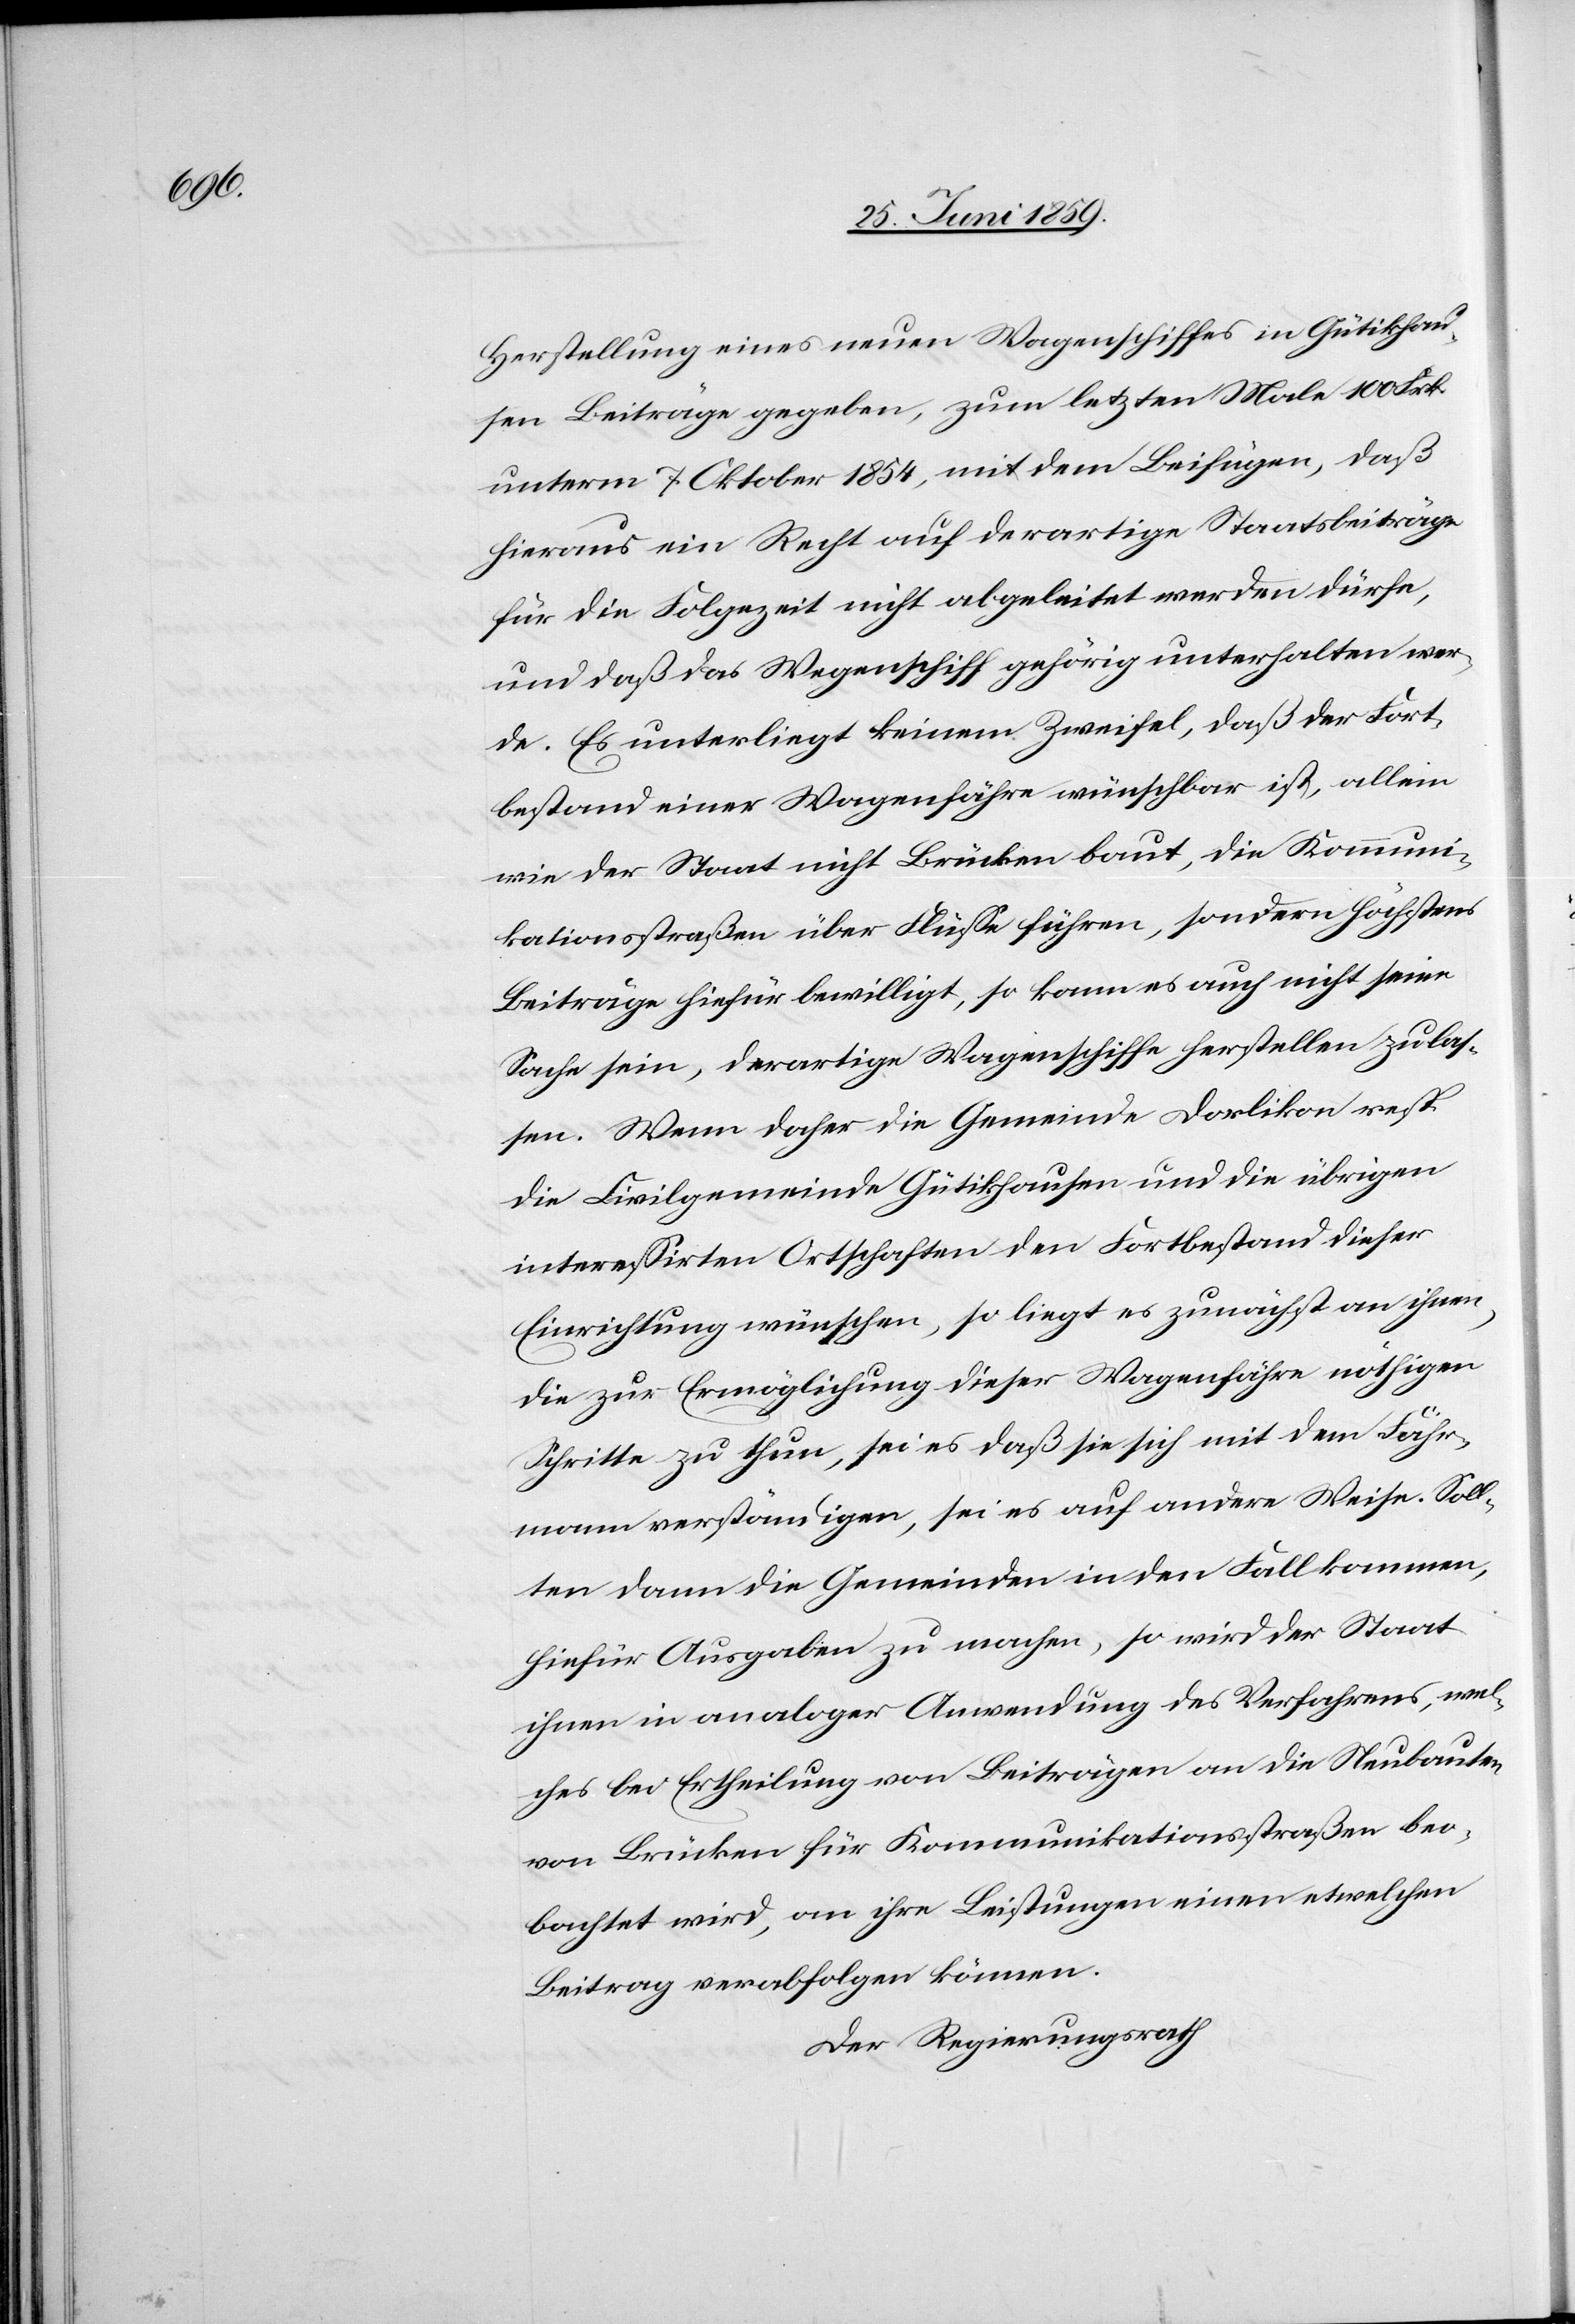
Herstellung eines neuen Wagenschiffes in Gütikhau¬
sen Beiträge gegeben, zum letzten Male 100 Frk
unterm 7. Oktober 1854, mit dem Beifügen, daß
hieraus ein Recht auf derartige Staatsbeiträge
für die Folgezeit nicht abgeleitet werden dürfe,
und daß das Wegenschiff [sic!] gehörig unterhalten wer¬
de. Es unterliegt keinem Zweifel, daß der Fort¬
bestand einer Wagenfähre wünschbar ist, allein
wie der Staat nicht Brücken baut, die Kommuni¬
kationsstraßen über Flüsse führen, sondern höchstens
Beiträge hiefür bewilligt, so kann es auch nicht seine
Sache sein, derartige Wagenschiffe herstellen zu las¬
sen. Wenn daher die Gemeinde Dorlikon resp.
die Civilgemeinde Gütikhausen und die übrigen
interessirten Ortschaften den Fortbestand dieser
Einrichtung wünschen, so liegt es zunächst an ihnen,
die zur Ermöglichung dieser Wagenfähre nöthigen
Schritte zu thun, sei es daß sie sich mit dem Fähr¬
mann verständigen, sei es auf andere Weise. Soll¬
ten dann die Gemeinden in den Fall kommen,
hiefür Ausgaben zu machen, so wird der Staat
ihnen in analoger Anwendung des Verfahrens, wel¬
ches bei Ertheilung von Beiträgen an die Neubauten
von Brücken für Kommunikationsstraßen beo¬
bachtet wird, an ihre Leistungen einen etwelchen
Beitrag verabfolgen können.
Der Regierungsrath